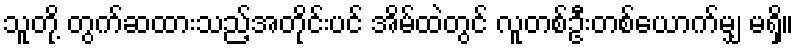
သူတို့ တွက်ဆထားသည့်အတိုင်းပင် အိမ်ထဲတွင် လူတစ်ဦးတစ်ယောက်မျှ မရှိ။